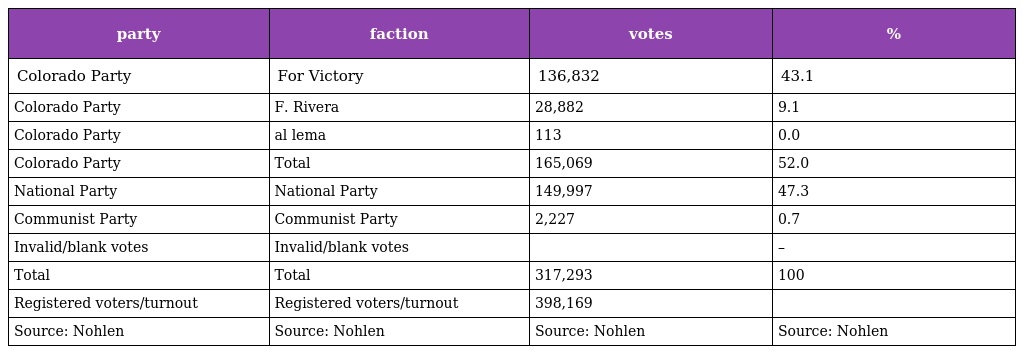
| party | faction | votes | % |
 | --- | --- | --- | --- |
 | Colorado Party | For Victory | 136,832 | 43.1 |
 | Colorado Party | F. Rivera | 28,882 | 9.1 |
 | Colorado Party | al lema | 113 | 0.0 |
 | Colorado Party | Total | 165,069 | 52.0 |
 | National Party | National Party | 149,997 | 47.3 |
 | Communist Party | Communist Party | 2,227 | 0.7 |
 | Invalid/blank votes | Invalid/blank votes |  | – |
 | Total | Total | 317,293 | 100 |
 | Registered voters/turnout | Registered voters/turnout | 398,169 |  |
 | Source: Nohlen | Source: Nohlen | Source: Nohlen | Source: Nohlen |